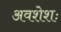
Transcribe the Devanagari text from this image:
अवशेशः